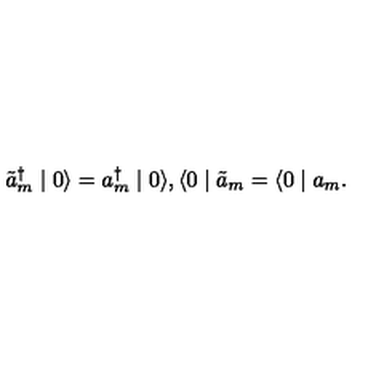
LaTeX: \tilde { a } _ { m } ^ { \dagger } \mid 0 \rangle = a _ { m } ^ { \dagger } \mid 0 \rangle , \langle 0 \mid \tilde { a } _ { m } = \langle 0 \mid a _ { m } .